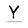
Character: Y